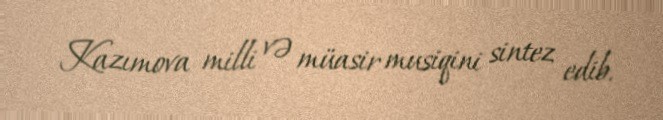
Kazımova milli və müasir musiqini sintez edib.